Lunatic asylums United Prov. 1922-30 - 1922-1930
Year: 1922
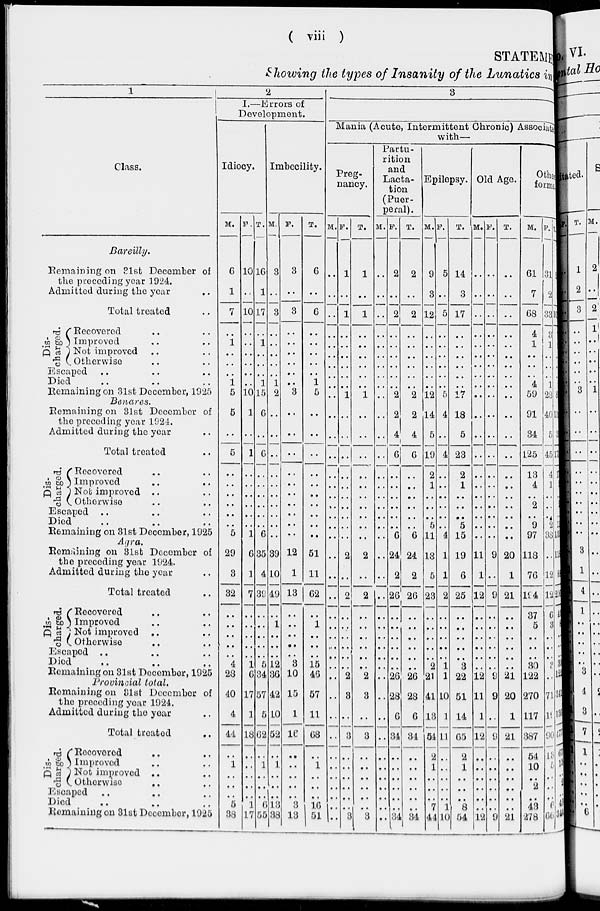
( viii )
STATEMENT
Showing the types of Insanity of the Lunatics in
1
Class.
Bareilly.
Remaining on 31st December of
the preceding year 1924.
Admitted during the year ..
Total treated ..
Dis-
charged.
Recoved .. ..
Improved .. ..
Not improved .. ..
Otherwise .. ..
Escaped .. .. ..
Died .. .. ..
Remaining on 31st December, 1925
Benares.
Remaining on 31st December of
the preceding year 1921.
Admitted during the year ..
Total treated ..
Dis-
charged.
Recovered .. ..
Improved .. ..
Not improved .. ..
Otherwise .. ..
Escaped .. .. ..
Died .. .. ..
Remaining on 31st December, 1925
Agra.
Remaining on 31st December of
the preceding year 1924.
Admitted during the year ..
Total treated ..
Dis-
charged.
Recovered .. ..
Improved .. ..
Not improved .. ..
Otherwise .. ..
Escaped .. .. ..
Died .. .. ..
Remaining on 31st December, 1925
Provincial total.
Remaining on 31st December of
the preceding year 1924.
Admitted during the year ..
Total treated ..
Dis-
charged.
Recovered .. ..
Improved .. ..
Not improved .. ..
Otherwise .. ..
Escaped .. .. ..
Died .. .. ..
Remaining on 31st December, 1925
2
I.—Errors of
Development.
Idiocy.
M.
6
1
7
..
1
..
..
..
1
5
5
..
5
..
..
..
..
..
..
5
29
3
32
..
..
..
..
..
4
23
40
4
44
..
1
..
..
..
5
38
F.
10
..
10
..
..
..
..
..
..
10
1
..
1
..
..
..
..
..
..
1
6
1
7
..
..
..
..
..
1
6
17
1
18
..
..
..
..
..
1
17
T.
16
1
17
..
1
..
..
..
1
15
6
..
6
..
..
..
..
..
..
6
35
4
39
..
..
..
..
..
5
34
57
5
62
..
1
..
..
..
6
55
Imbecility.
M.
3
..
3
..
..
..
..
..
1
2
..
..
..
..
..
..
..
..
..
..
39
10
49
..
1
..
..
..
12
36
42
10
52
..
1
..
..
..
13
38
F.
3
..
3
..
..
..
..
..
..
3
..
..
..
..
..
..
..
..
..
..
12
1
13
..
..
..
..
..
3
10
15
1
16
..
..
..
..
..
3
13
T.
6
..
6
..
..
..
..
..
1
5
..
..
..
..
..
..
..
..
..
..
51
11
62
..
1
..
..
..
15
46
57
11
68
..
1
..
..
..
16
51
3
Mania (Acute, Intermittent Chronic) Associate
with—
Preg-
nancy.
M.
..
..
..
..
..
..
..
..
..
..
..
..
..
..
..
..
..
..
..
..
..
..
..
..
..
..
..
..
..
..
..
..
..
..
..
..
..
..
..
..
F.
1
..
1
..
..
..
..
..
..
1
..
..
..
..
..
..
..
..
..
..
2
..
2
..
..
..
..
..
..
2
3
..
3
..
..
..
..
..
..
3
T.
1
..
1
..
..
..
..
..
..
1
..
..
..
..
..
..
..
..
..
..
2
..
2
..
..
..
..
..
..
2
3
..
3
..
..
..
..
..
..
3
Partu-
rition
and
Lacta-
tion
(Puer-
peral).
M.
..
..
..
..
..
..
..
..
..
..
..
..
..
..
..
..
..
..
..
..
..
..
..
..
..
..
..
..
..
..
..
..
..
..
..
..
..
..
..
..
F.
2
..
2
..
..
..
..
..
..
2
2
4
6
..
..
..
..
..
..
6
24
2
26
..
..
..
..
..
..
26
28
6
34
..
..
..
..
..
..
34
T.
2
..
2
..
..
..
..
..
..
2
2
4
6
..
..
..
..
..
..
6
24
2
26
..
..
..
..
..
..
26
28
6
34
..
..
..
..
..
34
Epilepsy.
M.
9
3
12
..
..
..
..
..
..
12
14
5
19
2
1
..
..
..
5
11
13
5
23
..
..
..
..
..
2
21
41
13
54
2
1
..
..
..
7
44
F.
5
..
5
..
..
..
..
..
..
5
4
..
4
..
..
..
..
..
..
4
1
1
2
..
..
..
..
..
1
1
10
1
11
..
..
..
..
..
1
10
T.
14
3
17
..
..
..
..
..
..
17
18
5
23
2
1
..
..
..
5
15
19
6
25
..
..
..
..
..
3
22
51
14
65
2
1
..
..
..
8
54
Old Age.
M.
..
..
..
..
..
..
..
..
..
..
..
..
..
..
..
..
..
..
..
..
11
1
12
..
..
..
..
..
..
12
11
1
12
..
..
..
..
..
..
12
F.
..
..
..
..
..
..
..
..
..
..
..
..
..
..
..
..
..
..
..
..
9
..
9
..
..
..
..
..
..
9
9
..
9
..
..
..
..
..
..
9
T.
..
..
..
..
..
..
..
..
..
..
..
..
..
..
..
..
..
..
..
..
20
1
21
..
..
..
..
..
..
21
20
1
21
..
..
..
..
..
..
21
Other
forms
M.
61
7
68
4
1
..
..
..
4
59
91
34
125
13
4
..
2
..
9
97
118
76
194
37
5
..
..
..
30
122
270
117
387
54
10
..
2
..
43
278
F.
31
2
33
3
1
..
..
..
1
23
40
5
45
4
1
..
..
..
2
38
..
12
12
6
3
..
..
..
3
..
71
19
90
13
5
..
..
..
6
66
T.
92
9
101
7
2
..
..
..
5
82
131
39
170
17
5
..
2
..
11
135
118
88
206
43
8
..
..
..
33
122
341
136
477
67
15
..
2
..
49
344